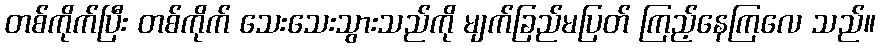
တစ်ကိုက်ပြီး တစ်ကိုက် သေးသေးသွားသည်ကို မျက်ခြည်မပြတ် ကြည့်နေကြလေ သည်။